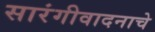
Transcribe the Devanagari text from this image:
सारंगीवादनाचे